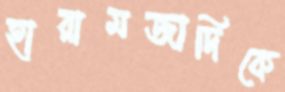
হারামজাদিকে